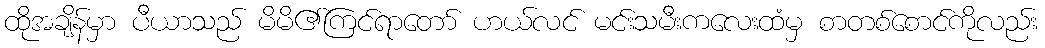
ထိုအချိန်မှာ ပီယာသည် မိမိ၏ကြင်ရာတော် ဟယ်လင် မင်းသမီးကလေးထံမှ စာတစ်စောင်ကိုလည်း